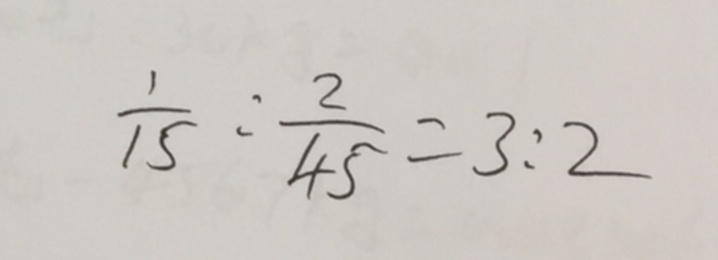
\frac { 1 } { 1 5 } : \frac { 2 } { 4 5 } = 3 : 2